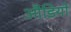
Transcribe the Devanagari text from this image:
औडियो